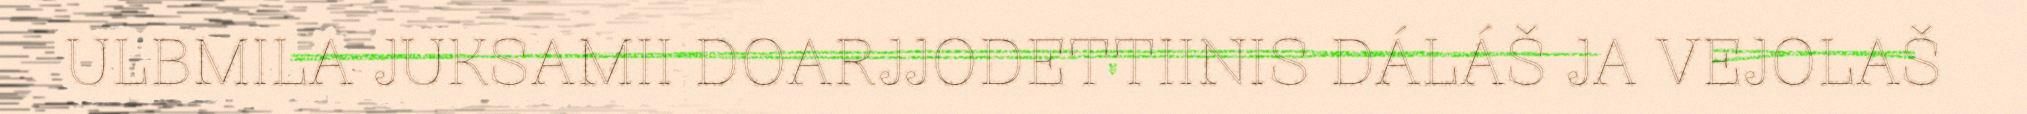
ULBMILA JUKSAMII DOARJJODETTIINIS DÁLÁŠ JA VEJOLAŠ